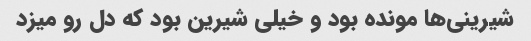
شیرینی‌ها مونده بود و خیلی شیرین بود که دل رو میزد